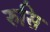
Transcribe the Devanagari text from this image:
रुसि